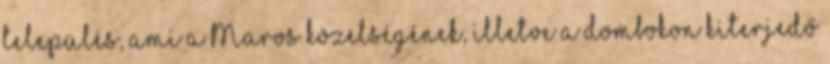
település, ami a Maros közelségének, illetve a dombokon kiterjedő